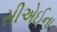
સીએઈના